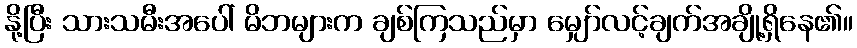
နို့ပြီး သားသမီးအပေါ် မိဘများက ချစ်ကြသည်မှာ မျှော်လင့်ချက်အချို့ရှိနေ၏။